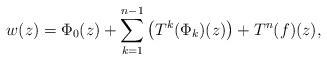
LaTeX: \begin{align*}w(z) = \Phi_{0}(z) + \sum_{k = 1}^{n-1}\left(T^k(\Phi_k)(z)\right) + T^n(f)(z),\end{align*}